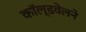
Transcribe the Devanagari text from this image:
काॅल्डवेलने